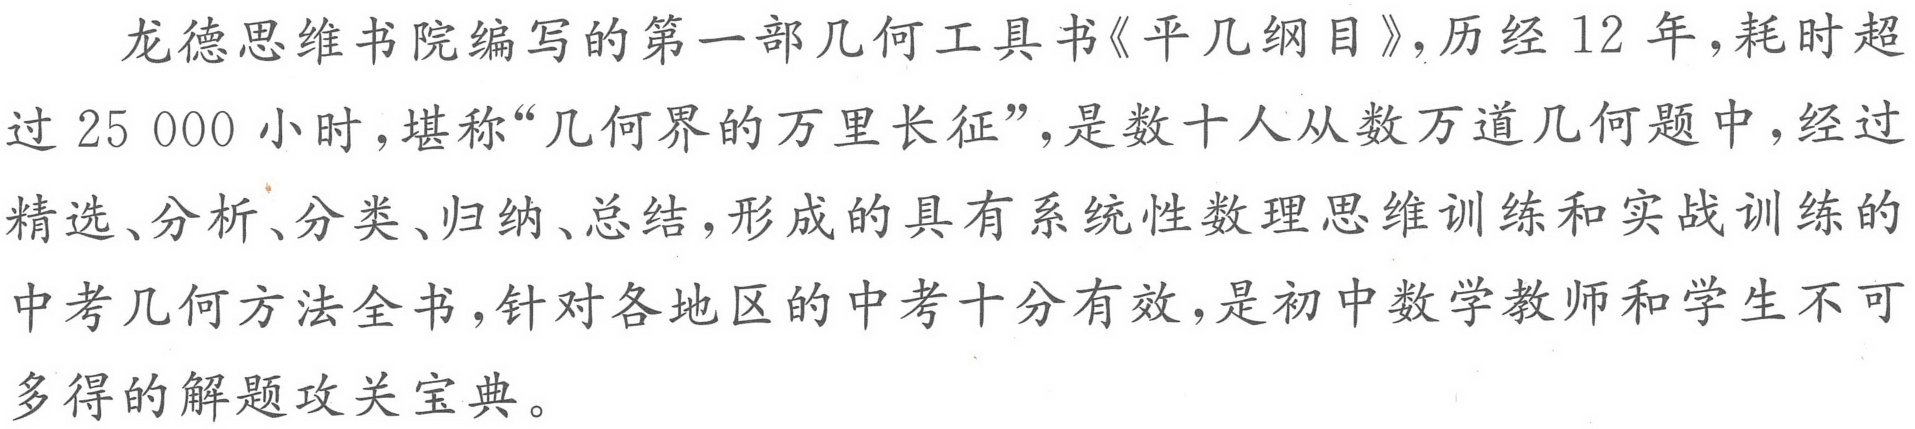
龙德思维书院编写的第一部几何工具书《平几纲目》,历经 12 年,耗时超
过 25 000 小时,堪称“几何界的万里长征”,是数十人从数万道几何题中,经过
精选、分析、分类、归纳、总结,形成的具有系统性数理思维训练和实战训练的
中考几何方法全书,针对各地区的中考十分有效,是初中数学教师和学生不可
多得的解题攻关宝典。